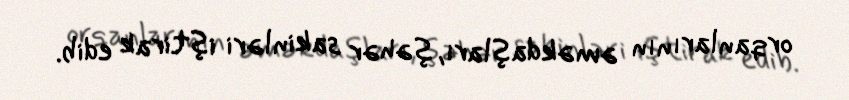
orqanlarının əməkdaşları, şəhər sakinləri iştirak edib.